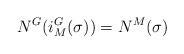
LaTeX: \begin{align*}\displaystyle N^G(i_M^G(\sigma))=N^M(\sigma)\end{align*}